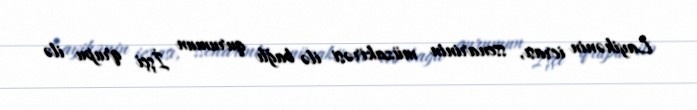
Layihənin icrası, ssenarinin müzakirəsi ilə bağlı qurumun İşçi qrupu ilə